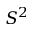
S ^ { 2 }